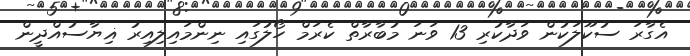
އެގާރަ ސުކޫލަކުން ވަދާކުރި 13 ވަނަ މުބާރާތް ކެރަމް ހޯލުގައި ނިންމައިލިއިރު ޣިޔާސުއްދީން